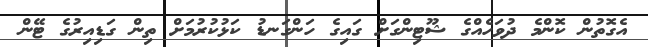
އެގޮތުން ކޮންމެ ދުވަހެއްގެ ޝޫޓިންގަށް ގައިގެ ހަންގަނޑު ކަޅުކުރުމަށް ތިން ގަޑިއިރުގެ ޓޭން